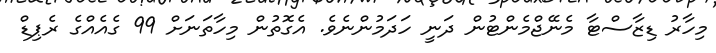
މިހާރު ޑިޒާސްޓާ މެނޭޖްމެންޓުން ދަނީ ހަދަމުންނެވެ. އެގޮތުން މިހާތަނަށް 99 ގެއެއްގެ ރެޕިޑް